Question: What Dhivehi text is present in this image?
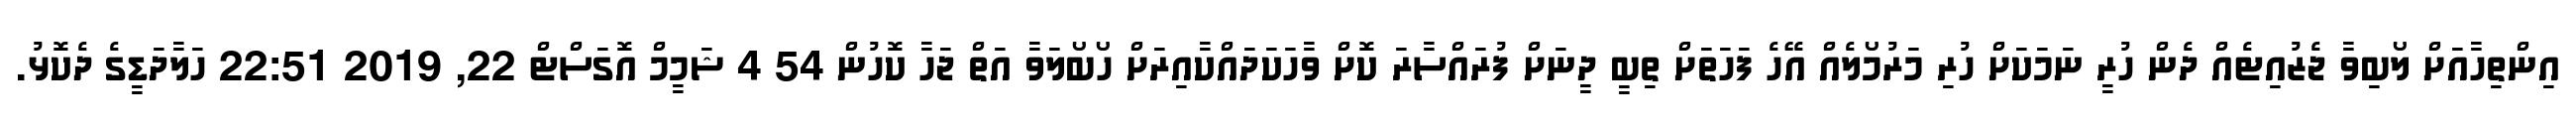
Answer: އިންތިހާއަށް ލޯބިވާ ޖެޒުއިޓެއް ދެން ހުރީ ނަމަކަށް ހުރި މަރުމޯލެއް އޭހެ ފަހަތަށް ތިބީ ދީނަށް ފުރައްސާރަ ކޮށް ވާހަކަދައްކާއިރަށް ހޯބޯލަވާ އަތް ޖަހާ ކޮހުން 54 4 ޝަމީމް އޮގަސްޓް 22, 2019 22:51 ހަލާދަޑީގެ ދެކޮޅު.